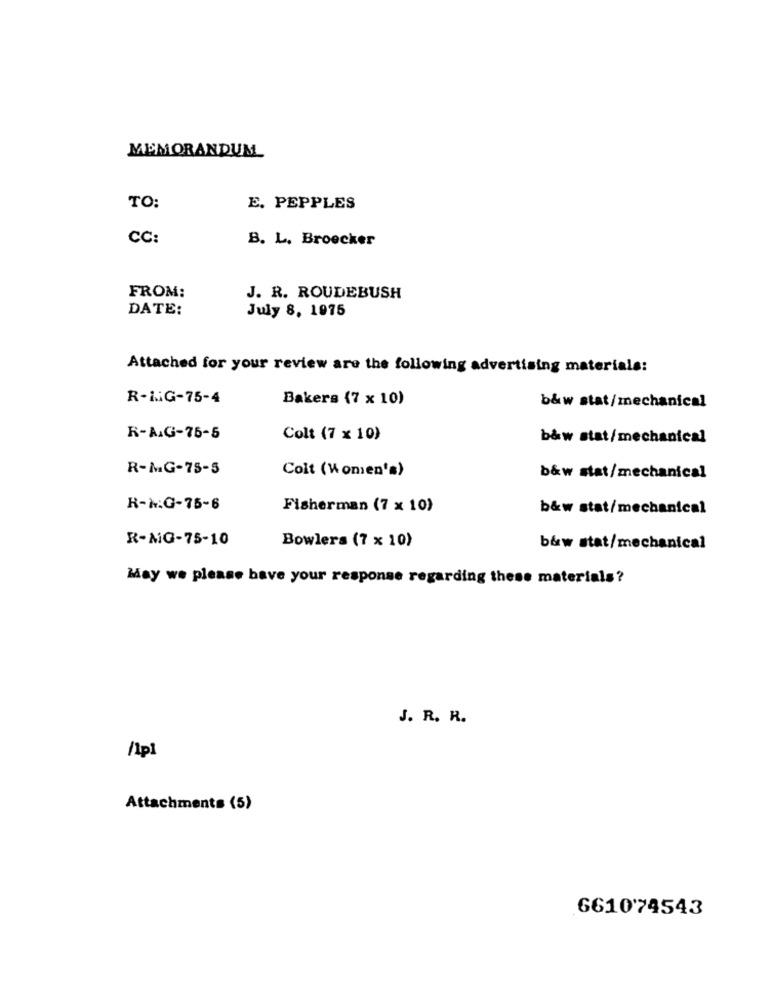
MEMORANDUM
TO:
E. PEPPLES
CC:
B. L. Broecker
FROM:
J. R. ROUDEBUSH
DATE:
July 8, 1975
Attached for your review are the following advertising materials:
R-LiG-75-4
Bakers (7 x 10)
b&w stat/mechanical
R-AG-76-5
Colt (7 x 10)
b&w stat/mechanical
R-MG-75-5
Colt (Women's)
b&w stat/mechanical
K-N.G-75-6
Fisherman (7 x 10)
b&w stat/mechanical
R-MG-75-10
Bowlers (7 x 10)
b&w stat/mechanical
May we please have your response regarding these materials ?
J. R. R.
/1pl
Attachments (5)
661074543